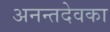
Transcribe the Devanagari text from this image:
अनन्तदेवका